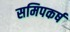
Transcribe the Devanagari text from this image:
समिपकर्ष